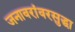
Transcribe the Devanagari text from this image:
जनावरांवरसुद्धा